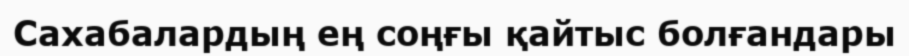
Сахабалардың ең соңғы қайтыс болғандары